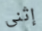
إثنى